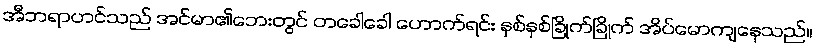
အီဘရာဟင်သည် အင်မာ၏ဘေးတွင် တခေါခေါ ဟောက်ရင်း နှစ်နှစ်ခြိုက်ခြိုက် အိပ်မောကျနေသည်။